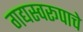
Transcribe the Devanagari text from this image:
गद्यस्वरूपाचे